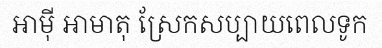
អាម៉ី អាមាតុ ស្រែកសប្បាយពេលទូក